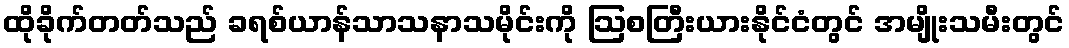
ထိုခိုက်တတ်သည် ခရစ်ယာန်သာသနာသမိုင်းကို ဩစတြီးယားနိုင်ငံတွင် အမျိုးသမီးတွင်